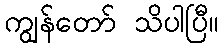
ကျွန်တော် သိပါပြီ။